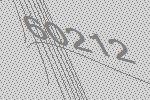
60212